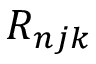
R _ { n j k }